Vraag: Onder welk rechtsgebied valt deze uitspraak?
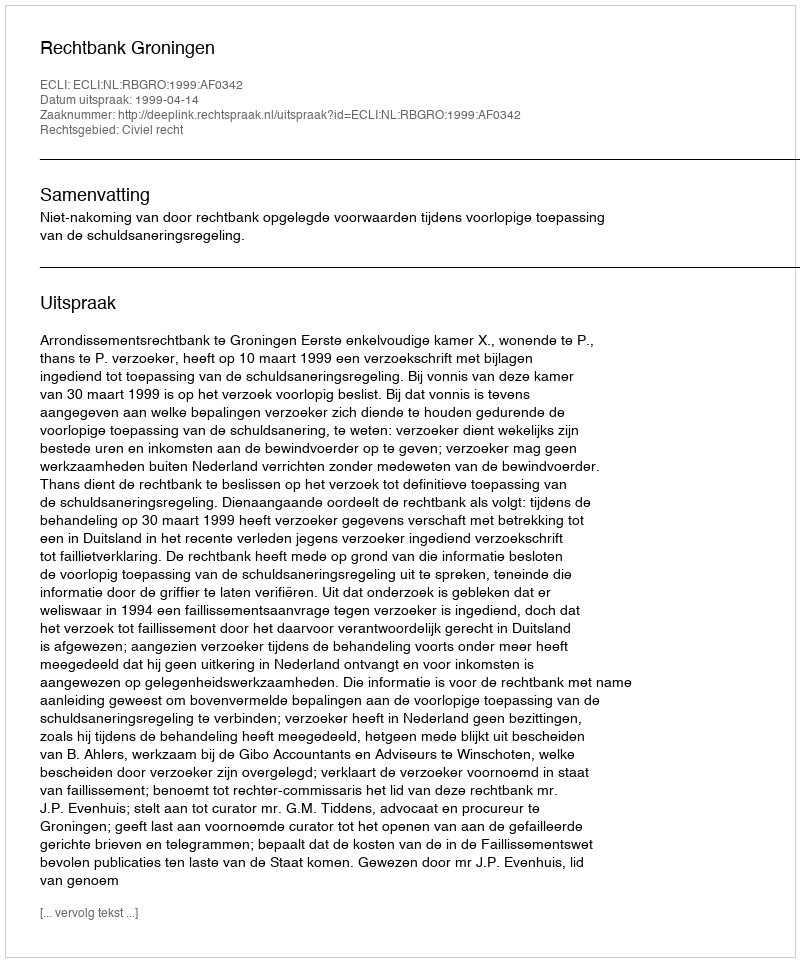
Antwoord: Civiel recht